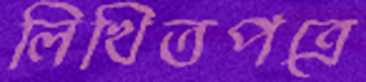
লিখিতপত্রে